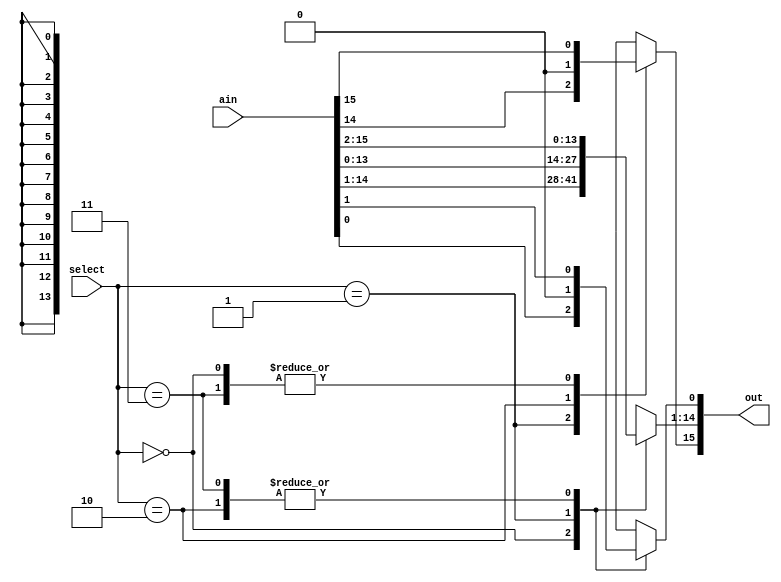
module shifter (ain,select,out);
  input [15:0] ain;
  input [1:0] select;
  output reg [15:0] out;

  
  //code for the shifter
  always @* begin
   
		case (select)
			//no shift
			2'b00:  out = ain;
			//shift left 1
			2'b01:	begin out[15:1] = ain[14:0]; out[0] = 1'b0; end
			//shift right 1
			2'b10:	begin out[14:0] = ain[15:1]; out[15] = 1'b0; end
			//shift right 1 with MSB copied
			2'b11:	begin out[14:0] = ain[15:1]; out[15] = ain[15]; end
			default: out = ain;
		endcase

	end
endmodule